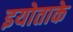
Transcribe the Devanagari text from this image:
इयोताके